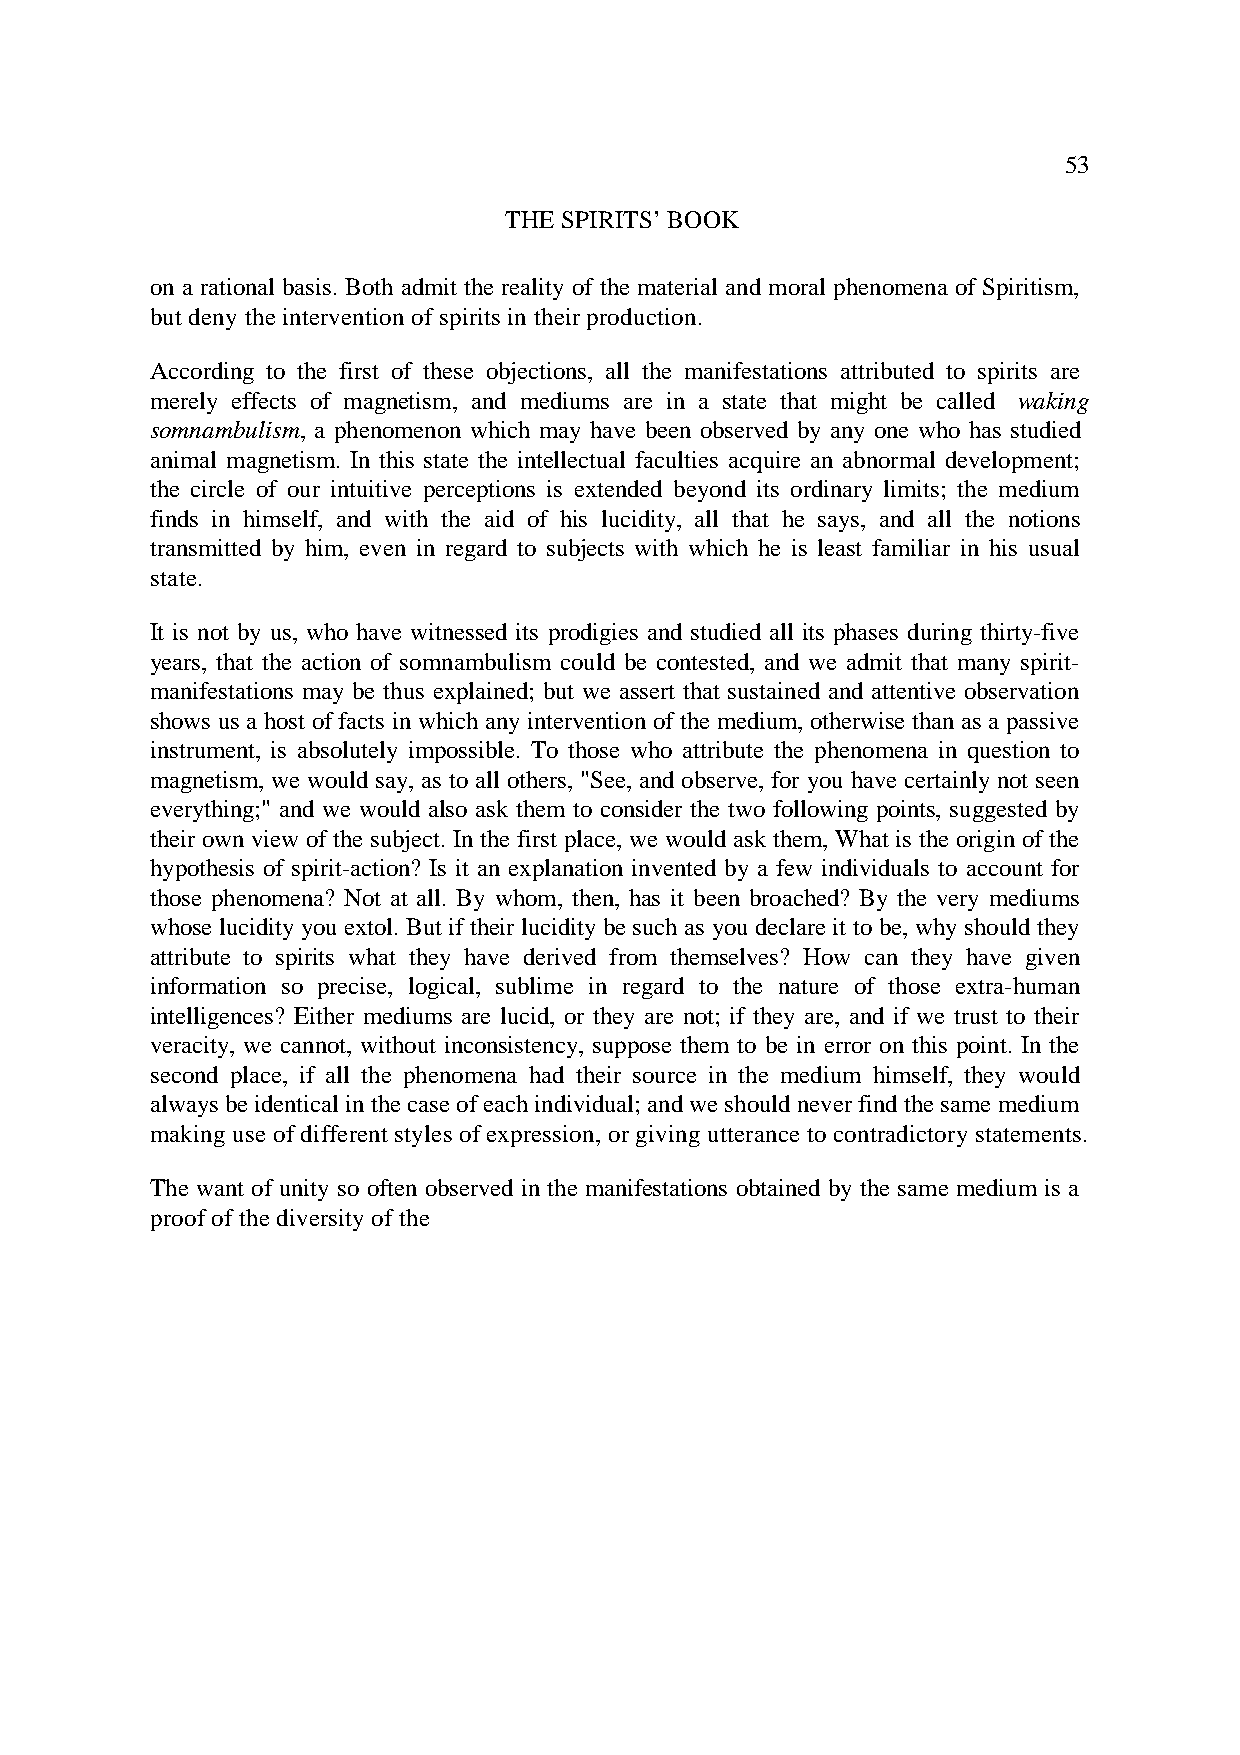
53
 THE SPIRITS’ BOOK
 on a rational basis. Both admit the reality of the material and moral phenomena of Spiritism,
 but deny the intervention of spirits in their production.
 According to the first of these objections, all the manifestations attributed to spirits are
 merely effects of magnetism, and mediums are in a state that might be called waking
 somnambulism, a phenomenon which may have been observed by any one who has studied
 animal magnetism. In this state the intellectual faculties acquire an abnormal development;
 the circle of our intuitive perceptions is extended beyond its ordinary limits; the medium
 finds in himself, and with the aid of his lucidity, all that he says, and all the notions
 transmitted by him, even in regard to subjects with which he is least familiar in his usual
 state.
 It is not by us, who have witnessed its prodigies and studied all its phases during thirty-five
 years, that the action of somnambulism could be contested, and we admit that many spirit-
 manifestations may be thus explained; but we assert that sustained and attentive observation
 shows us a host of facts in which any intervention of the medium, otherwise than as a passive
 instrument, is absolutely impossible. To those who attribute the phenomena in question to
 magnetism, we would say, as to all others, "See, and observe, for you have certainly not seen
 everything;" and we would also ask them to consider the two following points, suggested by
 their own view of the subject. In the first place, we would ask them, What is the origin of the
 hypothesis of spirit-action? Is it an explanation invented by a few individuals to account for
 those phenomena? Not at all. By whom, then, has it been broached? By the very mediums
 whose lucidity you extol. But if their lucidity be such as you declare it to be, why should they
 attribute to spirits what they have derived from themselves? How can they have given
 information so precise, logical, sublime in regard to the nature of those extra-human
 intelligences? Either mediums are lucid, or they are not; if they are, and if we trust to their
 veracity, we cannot, without inconsistency, suppose them to be in error on this point. In the
 second place, if all the phenomena had their source in the medium himself, they would
 always be identical in the case of each individual; and we should never find the same medium
 making use of different styles of expression, or giving utterance to contradictory statements.
 The want of unity so often observed in the manifestations obtained by the same medium is a
 proof of the diversity of the